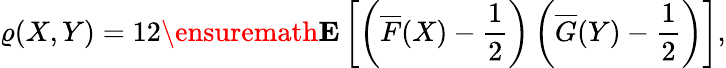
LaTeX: \varrho(X,Y)=12\ensuremath\mathbf E\left[\left(\overline{F}(X)-\frac 12\right)\left(\overline{G}(Y)-\frac 12\right)\right],